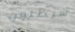
سيظنون